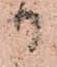
御